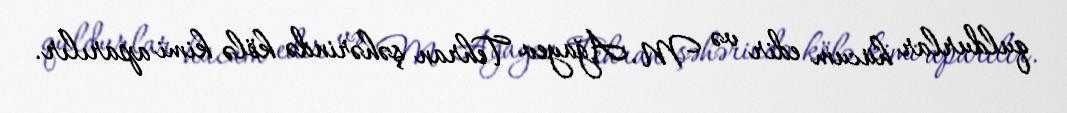
quldurlar hücum edir və M. Ağayev Tehran şəhərində kölə kimi aparılır.